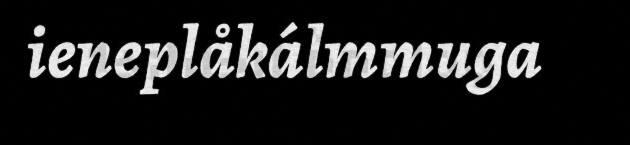
ieneplåkálmmuga